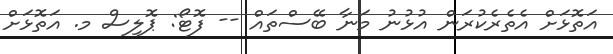
އަތޮޅަށް އެތެރެކުރަން އުޅުނު މަނާ ބޭސްތައް -- ފޮޓޯ: ޕޮލިސް މ. އަތޮޅަށް